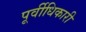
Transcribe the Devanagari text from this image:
पूर्वीधिकारी